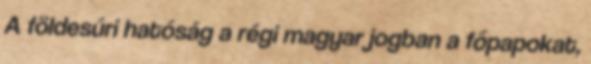
A földesúri hatóság a régi magyar jogban a főpapokat,